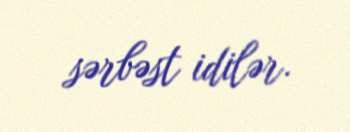
sərbəst idilər.